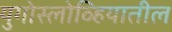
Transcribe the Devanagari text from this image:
युगोस्लोव्हियातील